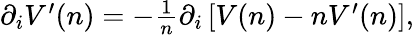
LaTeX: \begin{array}{r}{\partial_{i}V^{\prime}(n)=-\frac{1}{n}\partial_{i}\left[V(n)-nV^{\prime}(n)\right],}\end{array}